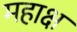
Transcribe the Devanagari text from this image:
महाक्ष